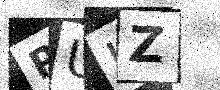
Text: RUIZ